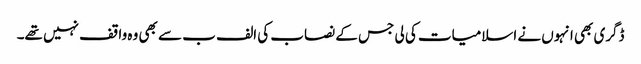
ڈگری بھی انہوں نے اسلامیات کی لی جس کے نصاب کی الف ب سے بھی وہ واقف نہیں تھے۔